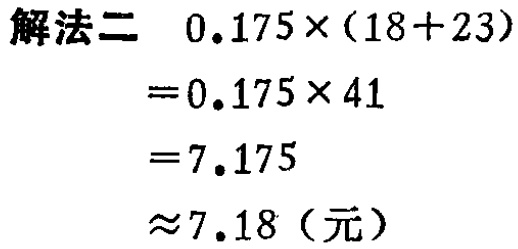
```

解法二  \(0.175\times(18 + 23)\)

\(=0.175\times41\)

\(=7.175\)

\(\approx7.18\)（元）

```